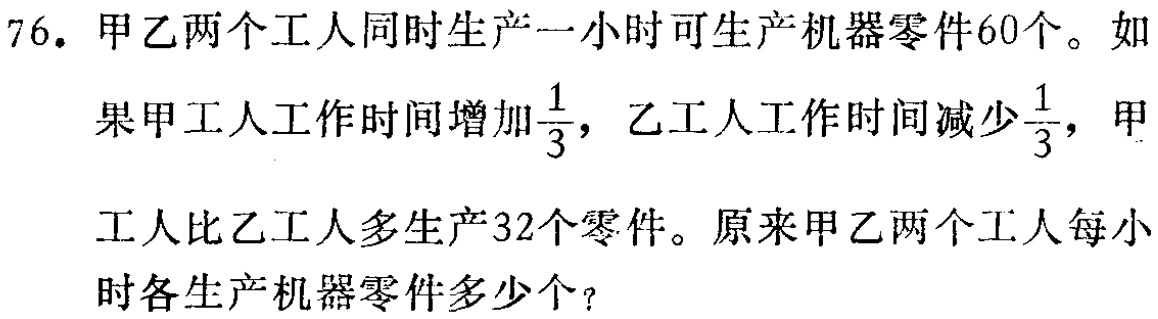
76. 甲乙两个工人同时生产一小时可生产机器零件60个。如果甲工人工作时间增加$\frac{1}{3}$，乙工人工作时间减少$\frac{1}{3}$，甲工人比乙工人多生产32个零件。原来甲乙两个工人每小时各生产机器零件多少个？